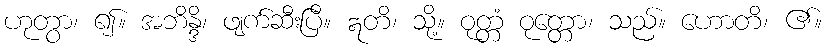
ဟုတွာ၊ ၍။ အဘိန္ဒိ၊ ဖျက်ဆီးပြီ။ ဣတိ၊ သို့။ ဝုတ္တံ ဝုတ္တော၊ သည်။ ဟောတိ၊ ၏။